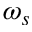
\omega _ { s }